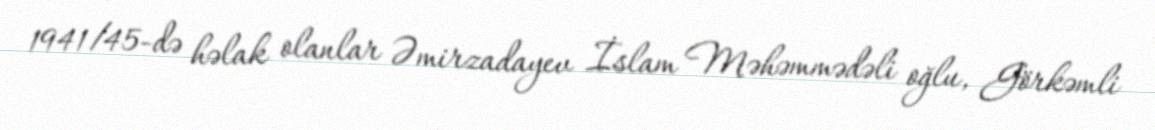
1941/45-də həlak olanlar Əmirzadayev İslam Məhəmmədəli oğlu, Görkəmli